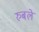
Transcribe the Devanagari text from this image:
रुबले